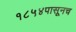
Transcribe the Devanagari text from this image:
१८५४पासूनच